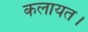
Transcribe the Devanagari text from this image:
कलायत।